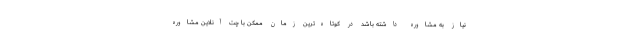
نیاز به مشاوره داشته باشد در کوتاه‌ترین زمان ممکن با چت آنلاین مشاوره